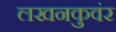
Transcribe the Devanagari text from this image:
लखनकुवंर